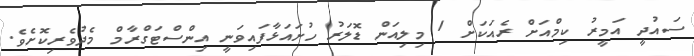
ސައުދީ އަމީރު ކިމްއަށް ރެއަކަށް 1 މިލިއަން ޑޮލަރު ހުށައަޅާފައިވަނީ އިންސްޓަގްރާމް މެދުވެރިކޮށެވެ.